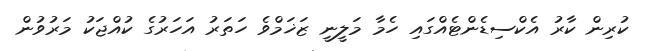
ކުރިން ކާރު އެކްސިޑެންޓެއްގައި ހެމާ މަލީނީ ޒަޚަމްވެ ހަތަރު އަހަރުގެ ކުއްޖަކު މަރުވުން